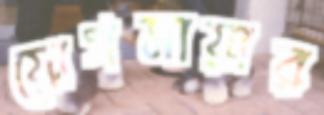
যোগমায়ার